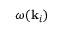
\omega ( \mathbf { k } _ { i } )